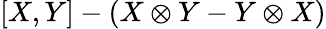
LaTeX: [X,Y]-(X\otimes Y-Y\otimes X)